Vaccine operations Central Provinces 1900-1911 - 1900-1911
Year: 1900
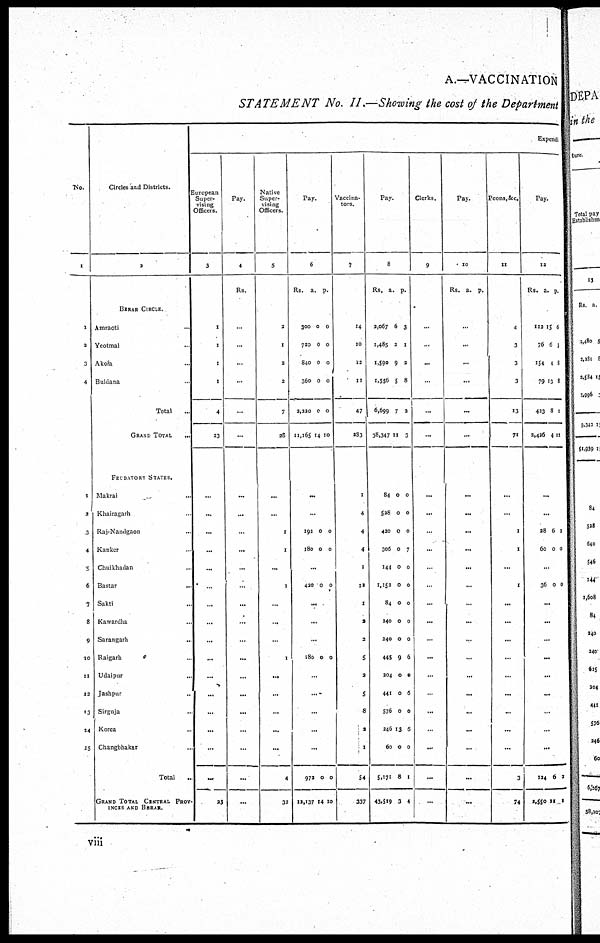
A.—VACCINATION
STATEMENT No. II.—Showing the cost of the Department
No.
1
1
2
3
4
1
2
3
4
5
6
7
8
9
10
11
12
13
14
15
Circles and Districts.
2
BERAR CIRCLE.
Amraoti ...
Yeotmal ...
Akola ...
Buldana ...
Total ...
GRAND TOTAL
...
FEUDATORY STATES.
Makrai ...
Khairagarh ...
Raj-Nandgaon ...
Ranker ...
Chuikhadan ...
Bastar
...
Sakti ...
Kawardha ...
Sarangarh ...
Raigarh
Udaipur
...
Jashpur ...
Sirguja ...
Korea ...
Changbhakar ...
Total
...
GRAND TOTAL CENTRAL PROV-
INCES AND BERAR.
Expendi
European
Super-
vising
Officers.
3
1
1
1
1
4
23
...
...
...
...
...
...
...
...
...
...
...
...
...
...
...
...
23
Pay.
4
Rs.
...
...
...
...
...
...
...
...
...
...
...
...
...
...
...
...
...
...
...
...
...
...
...
Native
Super¬
vising
Officers.
5
2
1
2
2
7
28
...
...
1
1
...
1
...
...
...
1
...
...
...
...
...
4
32
Pay.
6
Rs.
300
720
840
360
2,220
11,165
a.
0
0
0
0
0
14
p.
0
0
0
0
0
10
...
...
192
180
0
0
0
0
...
420 0 0
...
...
...
180 0 0
...
...
...
...
...
972
12,137
0
14
0
10
Vaccina-
tors.
7
14
10
12
11
47
283
1
4
4
4
...
12
1
2
2
5
2
5
8
2
1
54
337
Pay.
8
Rs.
2,067
1,485
1,590
1,556
6,699
38,347
a.
6
2
9
5
7
11
p.
3
1
2
8
2
3
84
528
420
306
144
1,153
84
240
240
445
204
441
576
246
60
5,171
43,519
0
0
0
0
0
0
0
0
0
9
0
0
0
13
0
8
3
0
0
0
7
0
0
0
0
0
6
0
6
0
6
0
1
4
Clerks.
9
...
...
...
...
...
...
...
...
...
...
...
...
...
...
...
...
...
...
...
...
...
...
...
Pay.
10
Rs. a. p.
...
...
...
...
...
...
...
...
...
...
...
...
...
...
...
...
...
...
...
...
...
...
...
Peons, &c.
11
4
3
3
3
13
71
...
...
1
1
...
1
...
...
...
...
...
...
...
...
...
3
74
Pay.
12
Rs.
113
76
154
79
423
2,426
a.
15
6
4
13
8
4
p.
6
3
8
8
1
11
...
...
28
60
6
0
2
0
...
36 0 0
...
...
...
...
...
...
...
...
...
124
2,550
6
11
2
1
viii